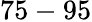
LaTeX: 75-95